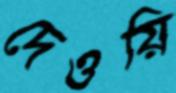
দেওয়ি